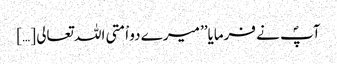
آپؐ نے فرمایا’’ میرے دو اْمتی اللہ تعالی […]